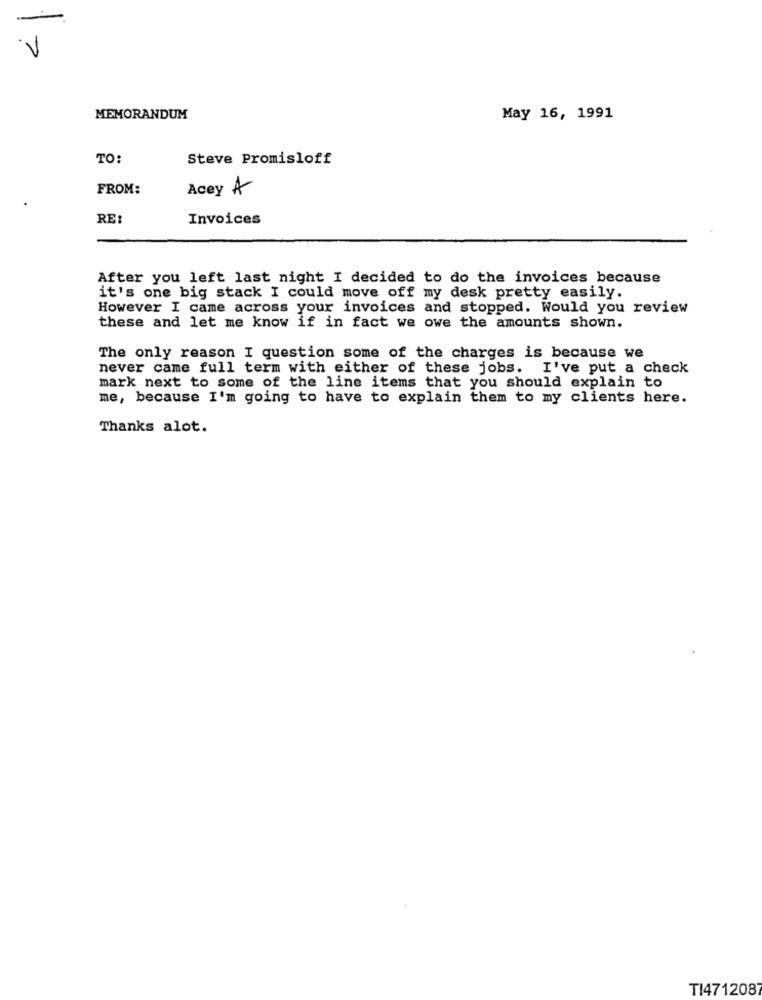
-
V
MEMORANDUM
May 16, 1991
TO:
Steve Promisloff
FROM:
Acey A
RE:
Invoices
After you left last night I decided to do the invoices because
it's one big stack I could move off my desk pretty easily.
However I came across your invoices and stopped. Would you review
these and let me know if in fact we owe the amounts shown.
The only reason I question some of the charges is because we
never came full term with either of these jobs. I've put a check
mark next to some of the line items that you should explain to
me, because I'm going to have to explain them to my clients here.
Thanks alot.
TI4712087